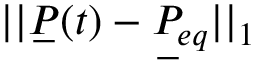
| | \underbar { P } ( t ) - \underbar { P } _ { e q } | | _ { 1 }